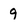
Character: 9